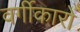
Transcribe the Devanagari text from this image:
वर्गीकारों